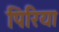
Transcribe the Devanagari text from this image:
पिरिया